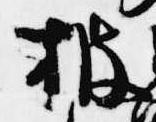
披